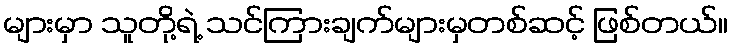
များမှာ သူတို့ရဲ့ သင်ကြားချက်များမှတစ်ဆင့် ဖြစ်တယ်။